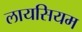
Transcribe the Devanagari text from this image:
लायसियम